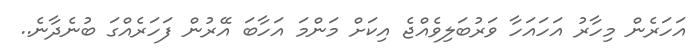
އަހަރެން މިހާރު އަހައަހާ ވަރުބަލިވެއްޖެ އިކަށް މަންމަ އަހާބަ އޭރުން ފަހަރެއްގަ ބުނެދާނެ..